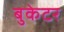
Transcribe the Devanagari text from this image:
बुकेटर